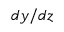
d y / d z